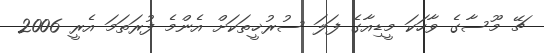
ޗޭ މޫސާގެ ވާހަކަ މީޑިއާގެ ފަލަ ސުރުޚީތަކަށް އެންމެ ފުރަތަމަ އެރީ 2006